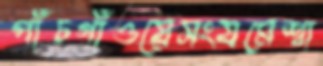
পাঁচগাঁওয়েসংযমেশ্বা